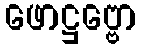
ဖောဋ္ဌဗ္ဗော